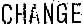
CHANGE